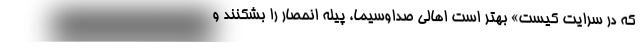
که در سرایت کیست» بهتر است اهالی صداوسیما، پیله انحصار را بشکنند و